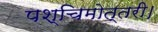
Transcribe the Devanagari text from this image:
पश्चिमोत्तरी।